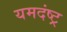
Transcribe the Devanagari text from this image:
यमदंष्ट्र